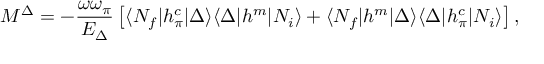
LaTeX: { \cal M } ^ { \Delta } = - \frac { \omega \omega _ { \pi } } { E _ { \Delta } } \left[ \langle N _ { f } | h _ { \pi } ^ { c } | \Delta \rangle \langle \Delta | h ^ { m } | N _ { i } \rangle + \langle N _ { f } | h ^ { m } | \Delta \rangle \langle \Delta | h _ { \pi } ^ { c } | N _ { i } \rangle \right] ,